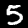
Label: 5